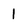
Character: 1